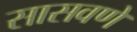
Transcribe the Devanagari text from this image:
सासवणें